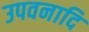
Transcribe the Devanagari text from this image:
उपवनादि